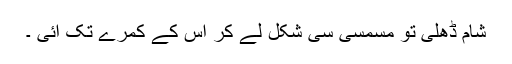
شام ڈھلی تو مسمسی سی شکل لے کر اس کے کمرے تک آئی ۔